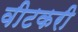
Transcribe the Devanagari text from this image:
वीटकरी